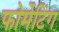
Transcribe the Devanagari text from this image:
फोर्मेटिंग